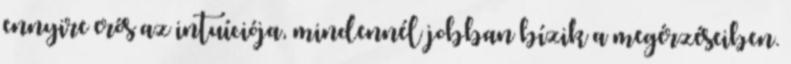
ennyire erős az intuíciója, mindennél jobban bízik a megérzéseiben.